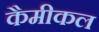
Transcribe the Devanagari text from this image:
कैमीकल